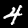
Digit: 4